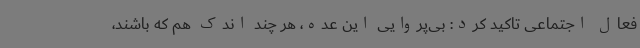
فعال اجتماعی تاکید کرد: بی‌پروایی این عده، هر چند اندک هم که باشند،